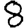
Digit: 8